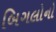
બિગલોનો